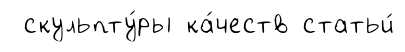
скульпту́ры ка́честв статьи́